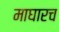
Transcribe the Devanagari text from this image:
माघारच